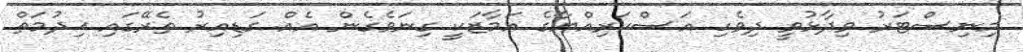
މިނިސްޓަރު ވިދާޅުވީ ދިވެހި އަސްކަރިއްޔާގެ އަމާޒަކީ ގިނަވެގެން އެއް ގަޑިއިރު ތެރޭގައި ޚިދުމަތް